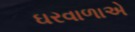
ઘરવાળાએ